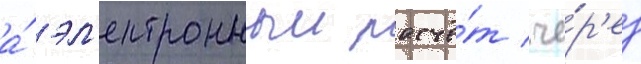
а́ эл'ектронныи расчё́т че́р'ез